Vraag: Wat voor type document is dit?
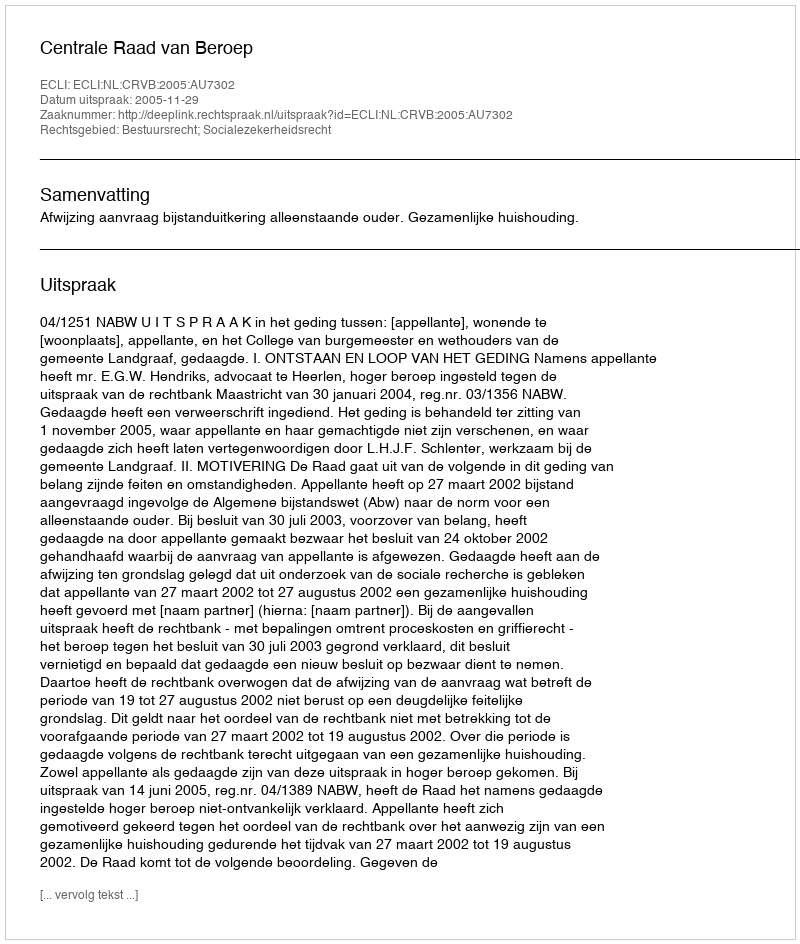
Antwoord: Uitspraak